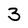
Character: 3